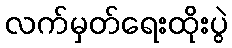
လက်မှတ်ရေးထိုးပွဲ